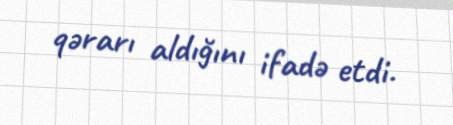
qərarı aldığını ifadə etdi.